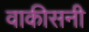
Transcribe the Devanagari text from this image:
वाकीसनी